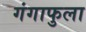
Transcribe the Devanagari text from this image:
गंगाफुला